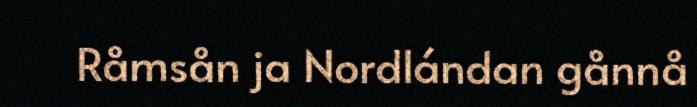
Råmsån ja Nordlándan gånnå